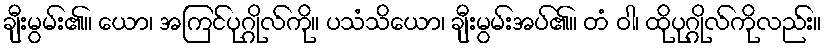
ချီးမွမ်း၏။ ယော၊ အကြင်ပုဂ္ဂိုလ်ကို။ ပသံသိယော၊ ချီးမွမ်းအပ်၏။ တံ ဝါ၊ ထိုပုဂ္ဂိုလ်ကိုလည်း။